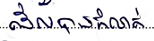
ដែលបានកំណត់